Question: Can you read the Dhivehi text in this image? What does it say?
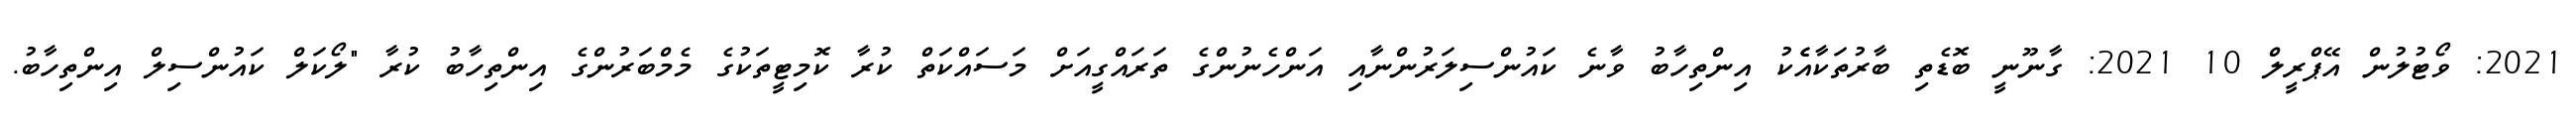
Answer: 2021: ވޯޓުލުން އޭޕްރީލް 10 2021: ގާނޫނީ ބޮޑެތި ބާރުތަކާއެެކު އިންތިހާބު ވާނެ ކައުންސިލަރުންނާއި އަންހެނުންގެ ތަރައްގީއަށް މަސައްކަތް ކުރާ ކޮމިޓީތަކުގެ މެމްބަރުންގެ އިންތިހާބު ކުރާ "ލޯކަލް ކައުންސިލް އިންތިހާބު.